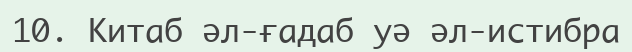
10.	Китаб әл-ғадаб уә әл-истибра